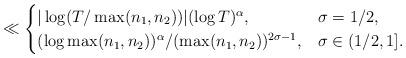
LaTeX: \begin{align*}\ll\begin{cases} |\log(T/\max(n_1,n_2))|(\log T)^\alpha, & \sigma=1/2, \\ (\log\max(n_1,n_2))^\alpha/(\max(n_1,n_2))^{2\sigma-1}, & \sigma\in(1/2,1]. \end{cases} \end{align*}